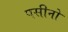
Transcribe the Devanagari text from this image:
पसीनो